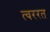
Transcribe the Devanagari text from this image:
त्वररत